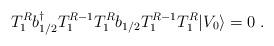
LaTeX: \begin{align*}T^R_1 b{^\dagger _ {1/2}} T^{R-1}_1 T^R_1 b_{1/2} T^{R-1}_1 T^R_1 \vert V_0\rangle = 0\; .\end{align*}